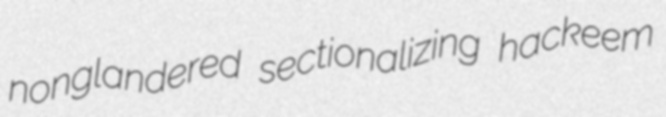
nonglandered sectionalizing hackeem